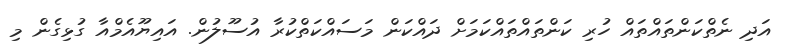
އަދި ނެތްކަންތައްތައް ހުރި ކަންތައްތައްކަމަށް ދައްކަން މަސައްކަތްކުރާ އުސޫލުން. އައިޔޫއެމްއާ ގުޅިގެން މި